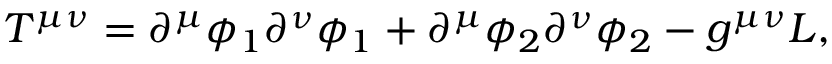
T ^ { \mu \nu } = \partial ^ { \mu } \phi _ { 1 } \partial ^ { \nu } \phi _ { 1 } + \partial ^ { \mu } \phi _ { 2 } \partial ^ { \nu } \phi _ { 2 } - g ^ { \mu \nu } { \cal L } ,